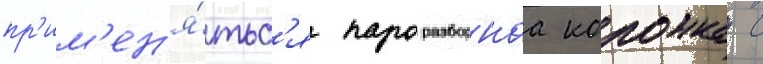
пр'им'ен'я́тьс'я пароразборнаа колонка с